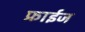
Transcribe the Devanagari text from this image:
फ्राईज